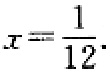
\(x = \frac{1}{12}\)